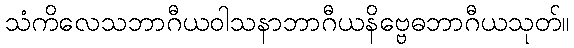
သံကိလေသဘာဂီယဝါသနာဘာဂီယနိဗ္ဗေဓဘာဂီယသုတ်။